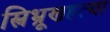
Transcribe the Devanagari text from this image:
स्त्रिभ्रूणहत्या